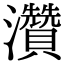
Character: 灒